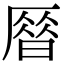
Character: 𠪞